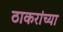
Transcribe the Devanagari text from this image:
ठाकरांच्या